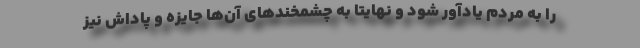
را به مردم یادآور شود و نهایتا به چشمخند‌های آن‌ها جایزه و پاداش نیز